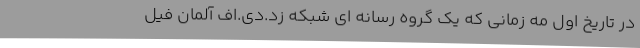
در تاریخ اول مه زمانی که یک گروه رسانه ای شبکه زد.دی.اف آلمان فیل